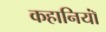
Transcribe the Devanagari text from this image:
कहानियॉं